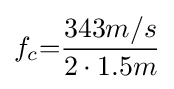
f_{c}{=}{\frac {343m/s}{2\cdot 1.5m}}